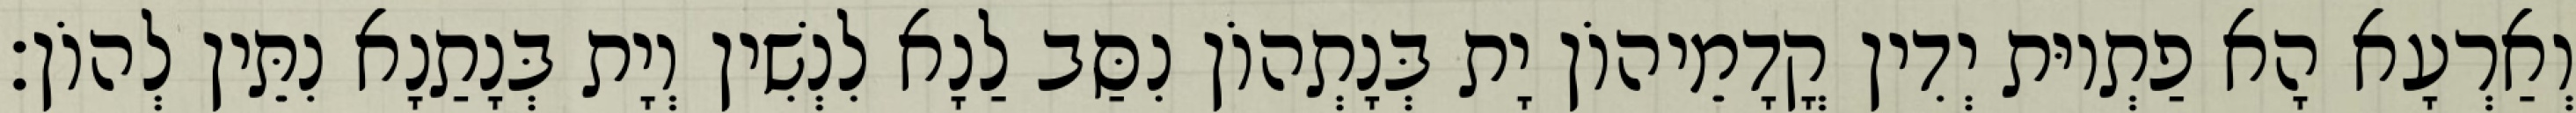
וְאַרְעָא הָא פַתְיוּת יְדִין קֳדָמֵיהוֹן יָת בְּנָתְהוֹן נִסַּב לַנָא לִנְשִׁין וְיָת בְּנָתַנָא נִתֵּין לְהוֹן׃